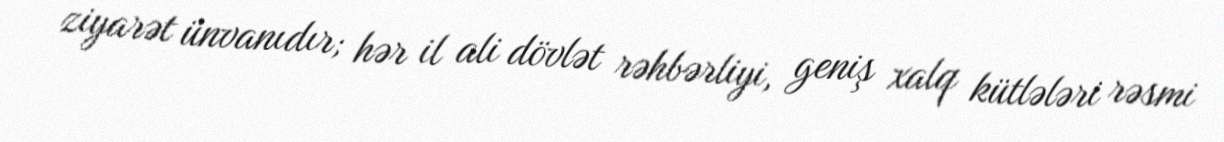
ziyarət ünvanıdır; hər il ali dövlət rəhbərliyi, geniş xalq kütlələri rəsmi